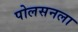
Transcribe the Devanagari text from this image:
पोलसनला